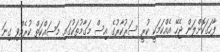
ފާހަގަކޮށްލަން ޖެހޭ އެއްކަމަކީ ކުރީ ސަރުކާރުގެ އިސް މަގާމުތަކުގައި މަސައްކަތް ކުރެއްވި ގިނަ